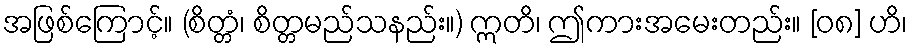
အဖြစ်ကြောင့်။ (စိတ္တံ၊ စိတ္တမည်သနည်း။) ဣတိ၊ ဤကားအမေးတည်း။ [၀၈] ဟိ၊